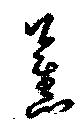
薰